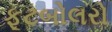
ફૂટબોલરો